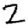
Digit: 2